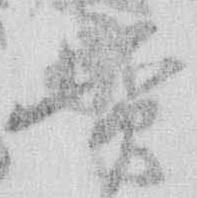
実